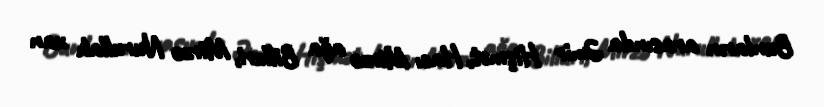
Bunların arasında Əmir Hişmət, Hacı Mirzə ağa Billuri, Mirzə Nurullah xan